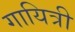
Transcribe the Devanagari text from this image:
गायित्री